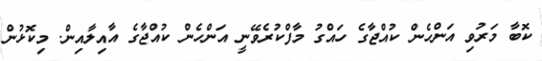
ކޮބާ މަރުވި އަންހެން ކުއްޖާގެ ހައްގު މާފްކުރެވޭނީ އަންހެން ކުއްޖާގެ އާއިލާއިން. މިކޮޅުން